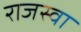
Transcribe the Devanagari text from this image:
राजस्वा